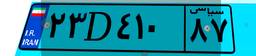
۲۳D۴۱۰۸۷